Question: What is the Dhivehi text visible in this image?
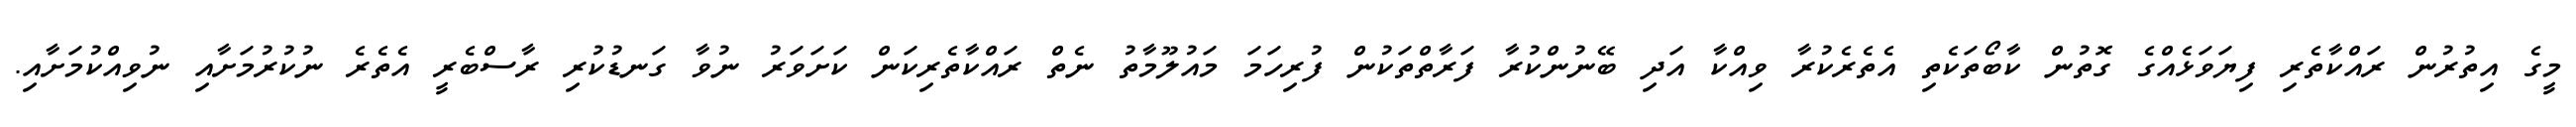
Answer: މީގެ އިތުރުން ރައްކާތެރި ފިޔަވަޅެއްގެ ގޮތުން ކާބޯތަކެތި އެތެރެކުރާ ވިއްކާ އަދި ބޭނުންކުރާ ފަރާތްތަކުން ފުރިހަމަ މައުލޫމާތު ނެތް ރައްކާތެރިކަން ކަށަވަރު ނުވާ ގަނޑުކުރި ރާސްބެރީ އެތެރެ ނުކުރުމަށާއި ނުވިއްކުމަށާއި.